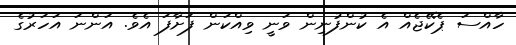
ހާއްސަ ޕެކޭޖެއް އެ ކުންފުނިން ވަނީ ވިއްކަން ފަށާފަ އެވެ. އަންނަ އަހަރުގެ